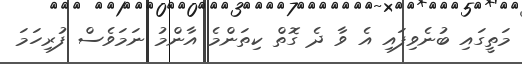
މަތީގައި ބުނެވިފައި އެ ވާ ދެ ގޮތް ކިތަންމެ އާންމު ނަމަވެސް ފުރިހަމަ